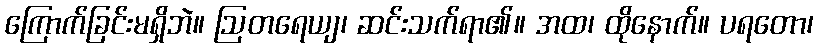
ကြောက်ခြင်းမရှိဘဲ။ ဩတရေယျ၊ ဆင်းသက်ရာ၏။ အထ၊ ထိုနောက်။ ပရတော၊